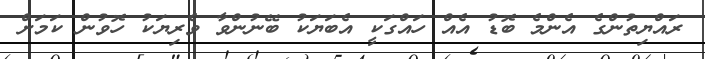
ރައްޔިތުންގެ އެންމެ ބޮޑު އެއް ހައްގަކީ އެބަޔަކު ބޭނުންވާ ވެރިޔަކު ހޮވުން ކަމަށް